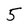
Character: 5